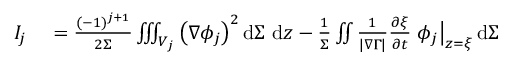
\begin{array} { r l } { I _ { j } } & { { } = \frac { ( - 1 ) ^ { j + 1 } } { 2 \Sigma } \iiint _ { V _ { j } } \left( \nabla \phi _ { j } \right) ^ { 2 } \mathrm { d } \Sigma ~ \mathrm { d } z - \frac { 1 } { \Sigma } \iint \frac { 1 } { | \nabla \Gamma | } \frac { \partial \xi } { \partial t } \left. \phi _ { j } \right| _ { z = \xi } \mathrm { d } \Sigma } \end{array}